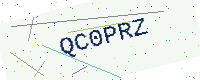
Text: QC0PRZ